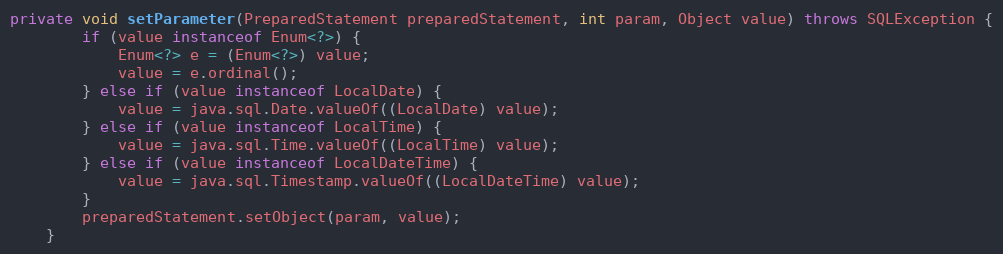
Language: Java
private void setParameter(PreparedStatement preparedStatement, int param, Object value) throws SQLException {
		if (value instanceof Enum<?>) {
			Enum<?> e = (Enum<?>) value;
			value = e.ordinal();
		} else if (value instanceof LocalDate) {
			value = java.sql.Date.valueOf((LocalDate) value);
		} else if (value instanceof LocalTime) {
			value = java.sql.Time.valueOf((LocalTime) value);
		} else if (value instanceof LocalDateTime) {
			value = java.sql.Timestamp.valueOf((LocalDateTime) value);
		}
		preparedStatement.setObject(param, value);
	}